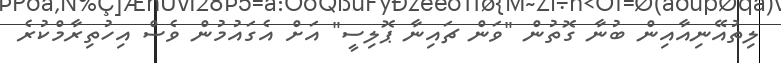
ލިތުއޭނިއާއިން ބުނާ ގޮތުން "ވަން ޗައިނާ ޕޮލިސީ" އަށް އެގައުމުން ވެސް އިހުތިރާމްކުރެ